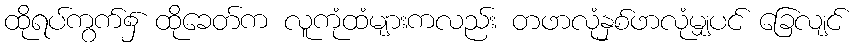
ထိုရပ်ကွက်၌ ထိုခေတ်က လူကုံထံများကလည်း တဖာလုံနှစ်ဖာလုံမျှပင် ခြေလျင်